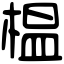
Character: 榅